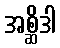
အစ္ဆိဒါ